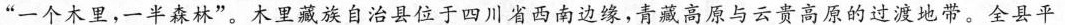
”一个木里，一半森林”。木里藏族自治县位于四川省西南边缘，青藏高原与云贵高原的过渡地带。全县平